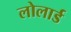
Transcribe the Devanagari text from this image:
लोलार्ड